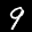
Label: 9